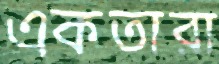
একতারা